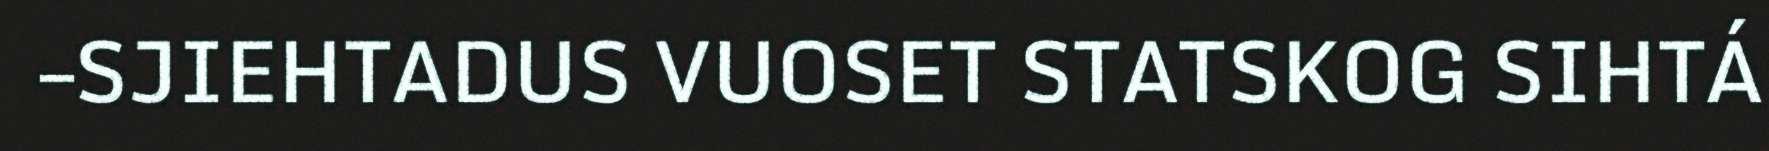
–SJIEHTADUS VUOSET STATSKOG SIHTÁ